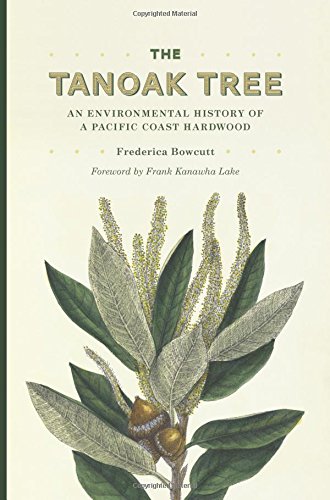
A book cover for The Tanoak Tree: An Environmental History of a Pacific Coast Hardwood; Frederica Bowcutt; Science & Math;